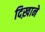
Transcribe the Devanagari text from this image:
दिख़ाने